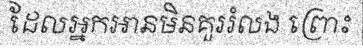
ដែលអ្នកអានមិនគួររំលង ព្រោះ